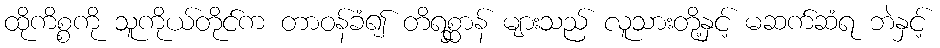
ထိုကိစ္စကို သူကိုယ်တိုင်က တာဝန်ခံ၍ တိရစ္ဆာန် များသည် လူသားတို့နှင့် မဆက်ဆံရ ဘဲနှင့်